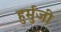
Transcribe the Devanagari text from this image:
हुर्मुजी